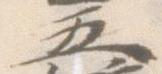
五